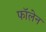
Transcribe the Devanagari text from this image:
फॉलेन